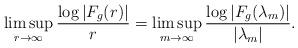
LaTeX: \begin{gather*}\limsup_{r \to\infty} \frac{\log|F_g(r)|}{r}= \limsup_{m \to\infty} \frac{\log|F_g(\lambda_m)|}{|\lambda_m|}. \end{gather*}